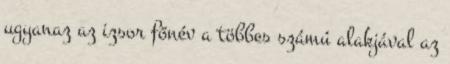
ugyanaz az izsor főnév a többes számú alakjával az